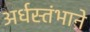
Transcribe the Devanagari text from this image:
अर्धस्तंभाने